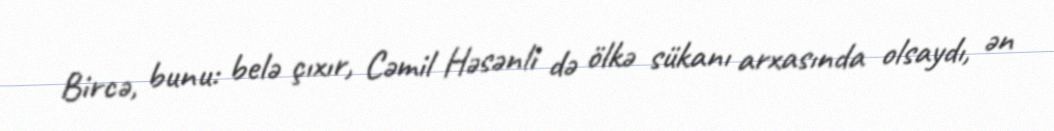
Bircə, bunu: belə çıxır, Cəmil Həsənli də ölkə sükanı arxasında olsaydı, ən